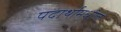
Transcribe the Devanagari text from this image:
पदार्थामधील